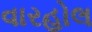
વારહોલ